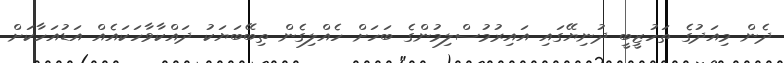
ދެން މިއަދުގެ ތަހުޒީބީ ދުނިޔޭގައި އައިރުމުސްލިމުންގެ ބަހަށް ހެއްލިގެން ތިބޭބަޔަކު ދައްކާވާހަކައެއް އަޑުއަހާކަށް